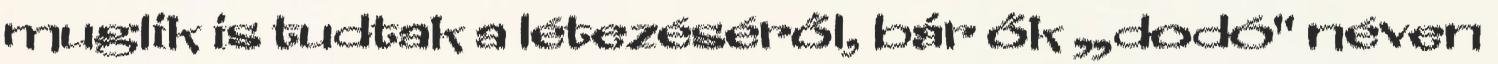
muglik is tudtak a létezéséről, bár ők „dodó" néven